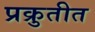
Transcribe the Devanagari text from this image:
प्रक्रुतीत